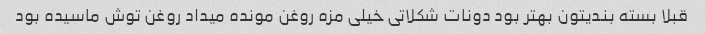
قبلا بسته بندیتون بهتر بود دونات شکلاتی خیلی مزه روغن مونده میداد روغن توش ماسیده بود